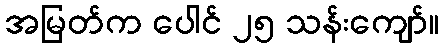
အမြတ်က ပေါင် ၂၅ သန်းကျော်။